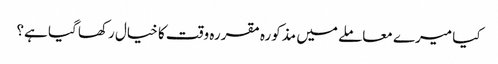
کیا میرے معاملے میں مذکورہ مقررہ وقت کا خیال رکھا گیا ہے؟